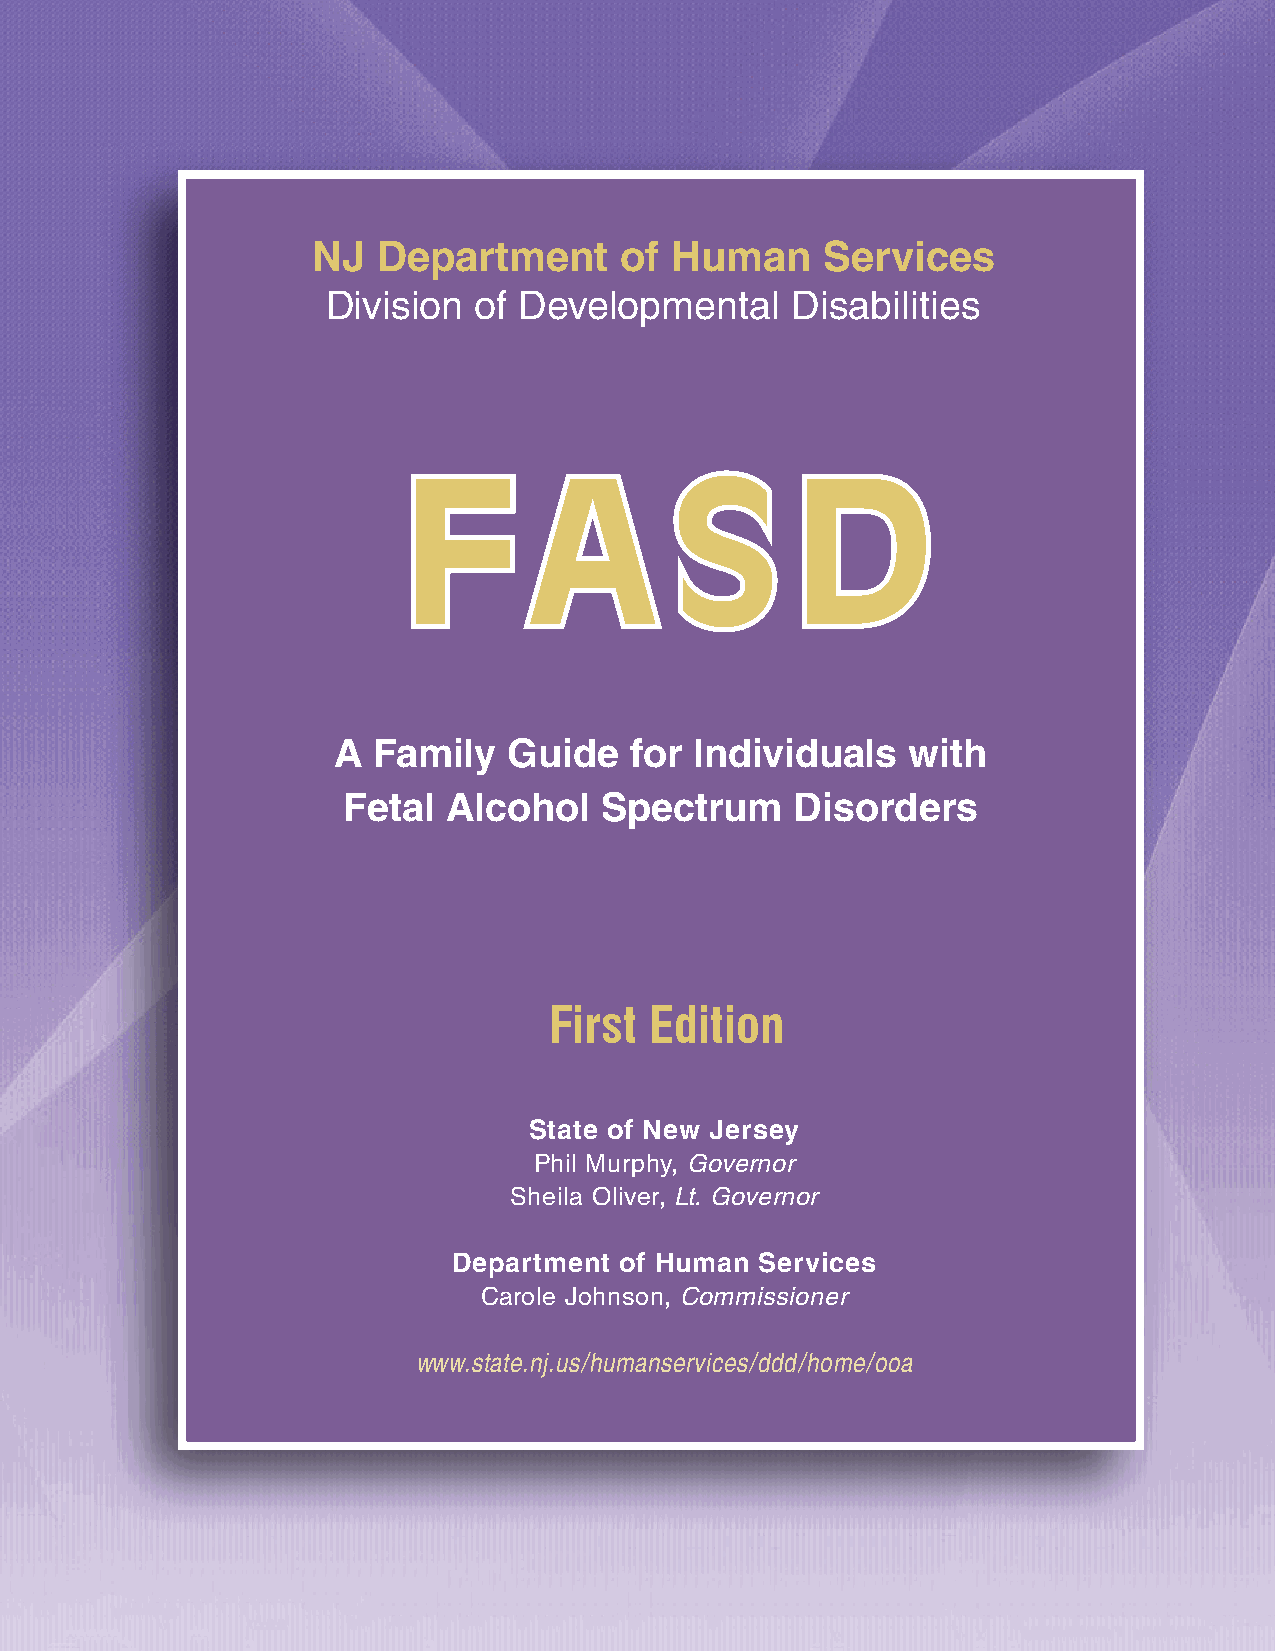
NJ  Department      of Human      Services
 Division of Developmental     Disabilities
 FF      AA       SS      DD
 A  Family   Guide   for Individuals   with
 Fetal  Alcohol   Spectrum     Disorders
 First  Edition
 State of New Jersey
 Phil Murphy, Governor
 Sheila Oliver, Lt. Governor
 Department of Human Services
 Carole Johnson, Commissioner
 www.state.nj.us/humanservices/ddd/home/ooa